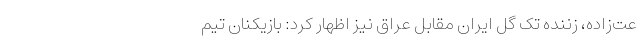
عت‌زاده، زننده تک گل ایران مقابل عراق نیز اظهار کرد: بازیکنان تیم